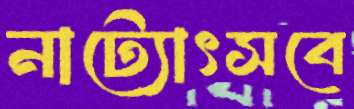
নাট্যোৎসবে